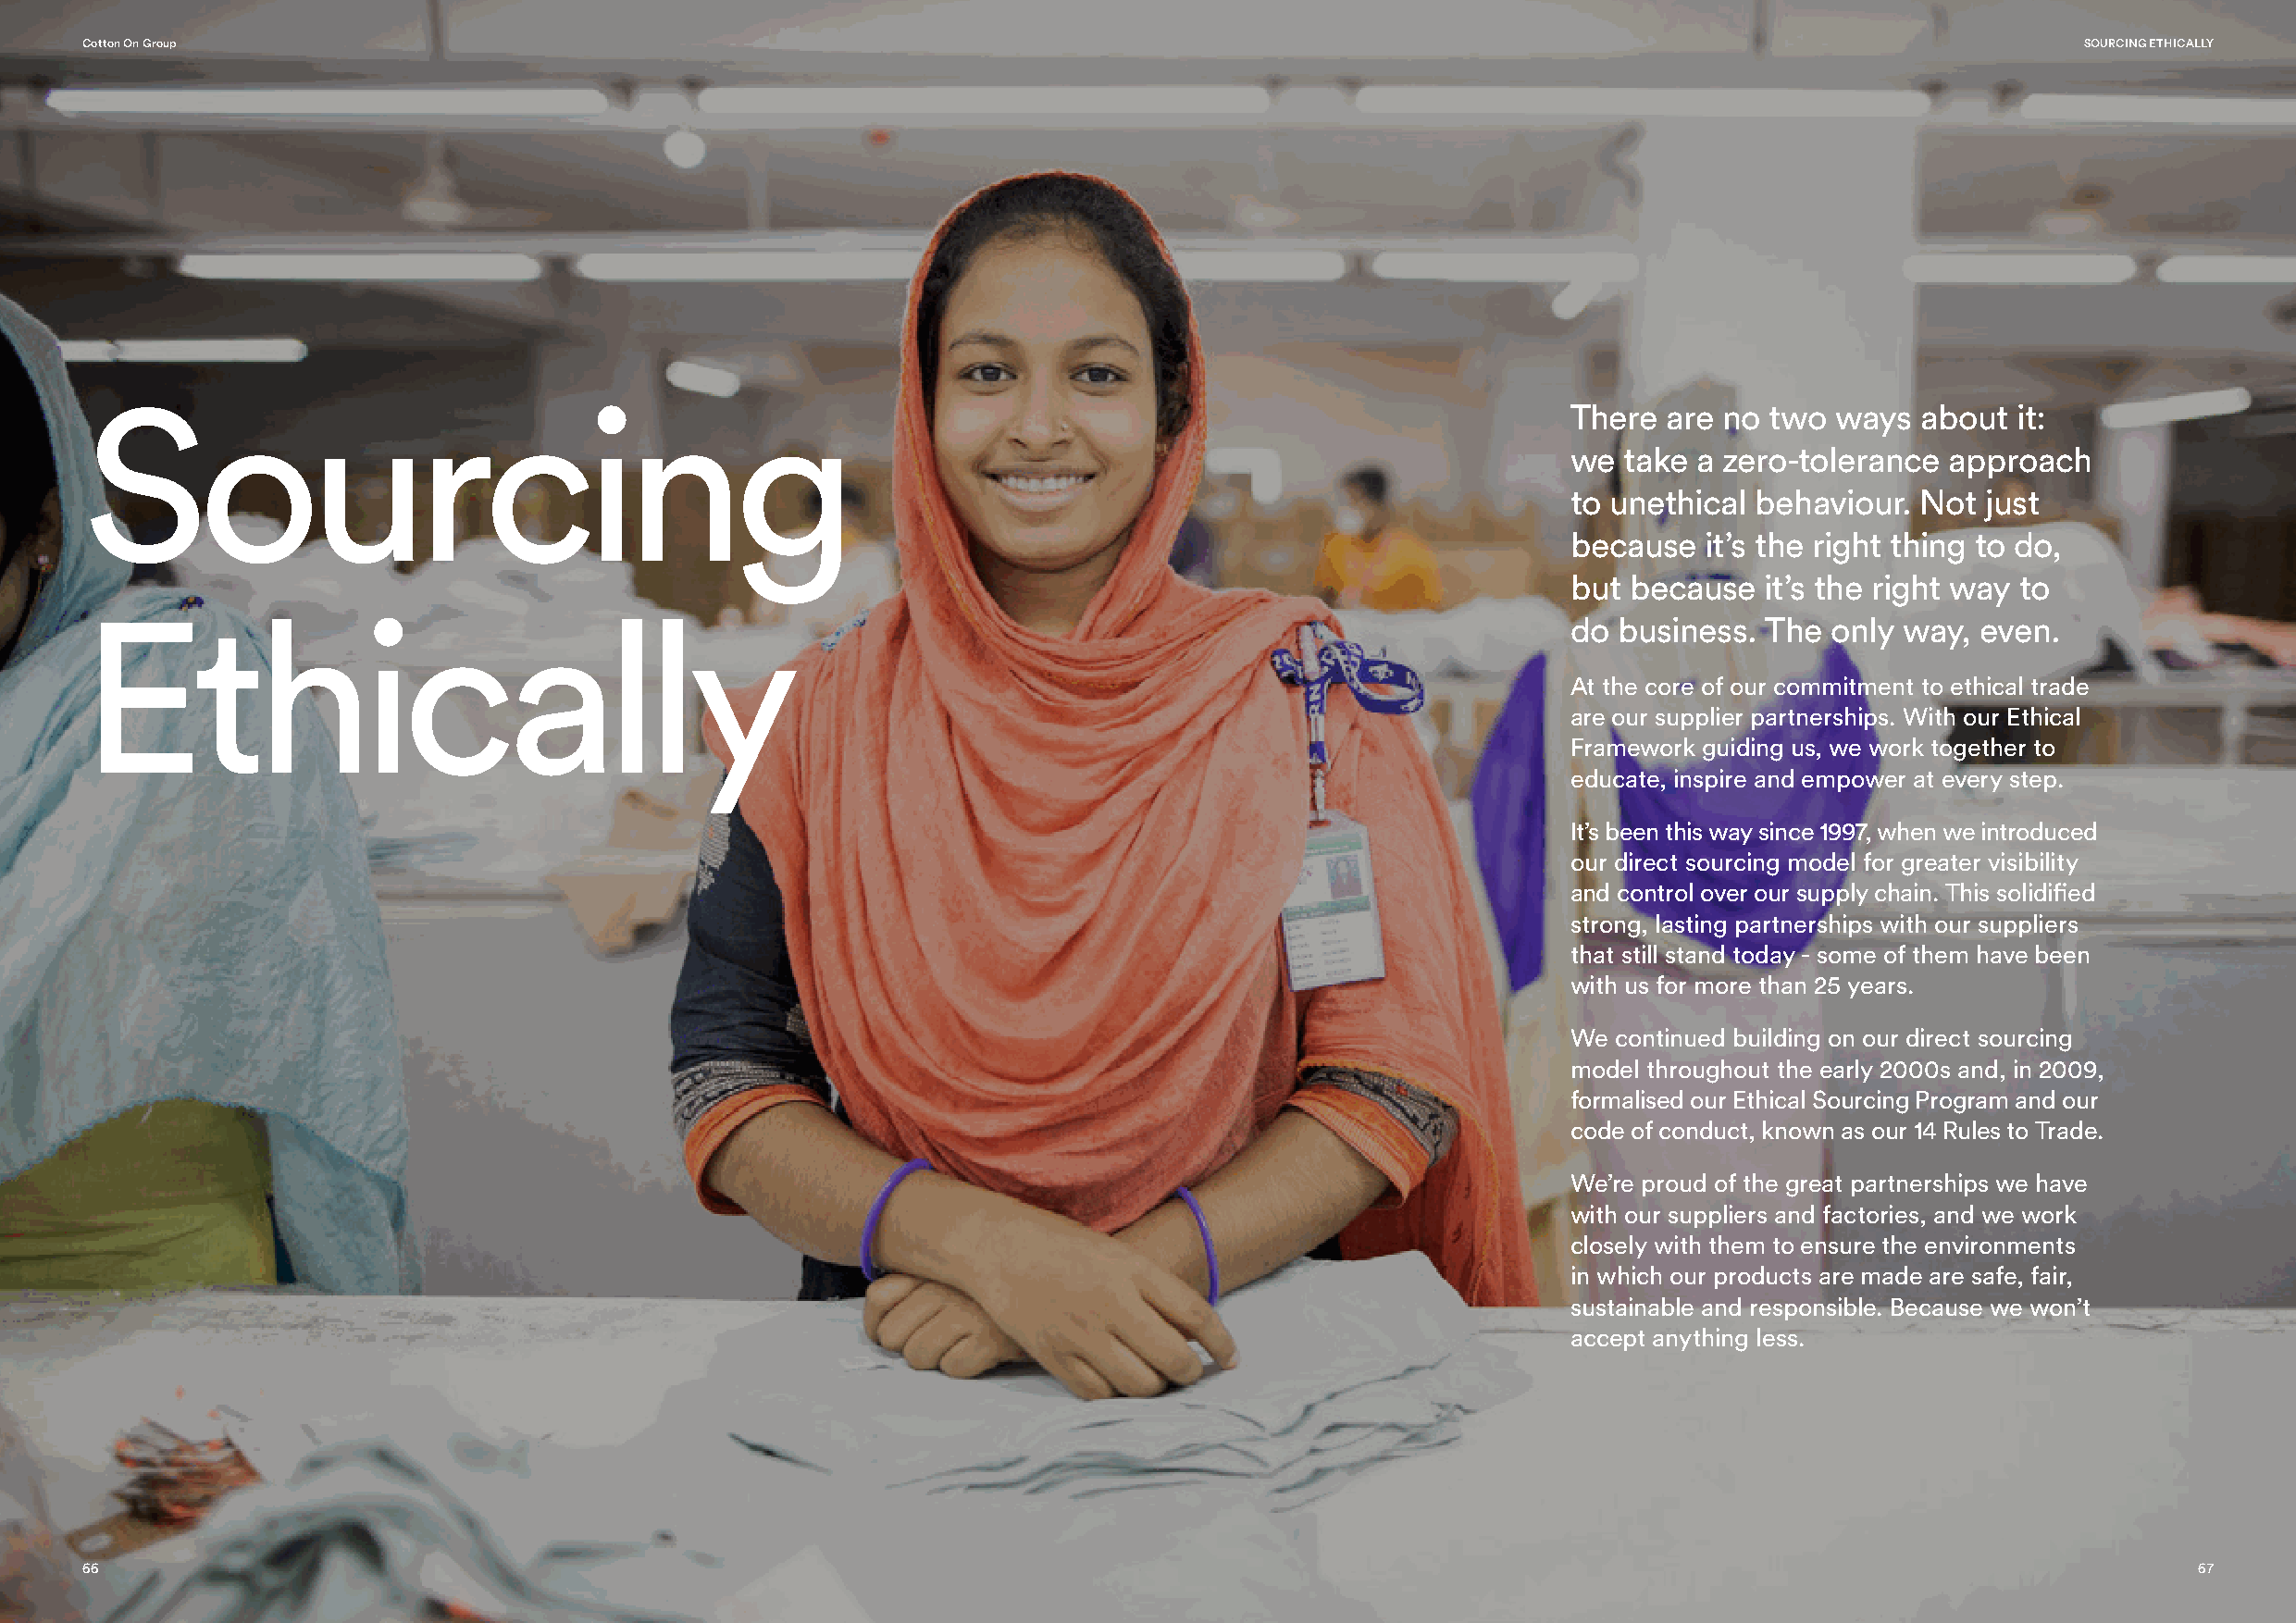
Cotton On Group                                                                                                                                SOURCING ETHICALLY
 Sourcing
 There  are no  two ways  about  it:
 we  take a zero-tolerance  approach
 to unethical  behaviour. Not  just
 because   it’s the right thing to do,
 but  because  it’s the right way to
 Ethically
 do  business. The  only way,  even.
 At the core of our commitment to ethical trade
 are our supplier partnerships. With our Ethical
 Framework guiding us, we work together to
 educate, inspire and empower at every step.
 It’s been this way since 1997, when we introduced
 our direct sourcing model for greater visibility
 and control over our supply chain. This solidified
 strong, lasting partnerships with our suppliers
 that still stand today - some of them have been
 with us for more than 25 years.
 We continued building on our direct sourcing
 model throughout the early 2000s and, in 2009,
 formalised our Ethical Sourcing Program and our
 code of conduct, known as our 14 Rules to Trade.
 We’re proud of the great partnerships we have
 with our suppliers and factories, and we work
 closely with them to ensure the environments
 in which our products are made are safe, fair,
 sustainable and responsible. Because we won’t
 accept anything less.
 66                                                                                                                                                     67